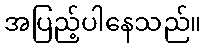
အပြည့်ပါနေသည်။